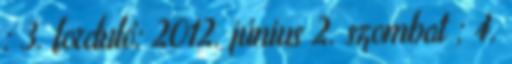
; 3. forduló: 2012. június 2. szombat ; 4.